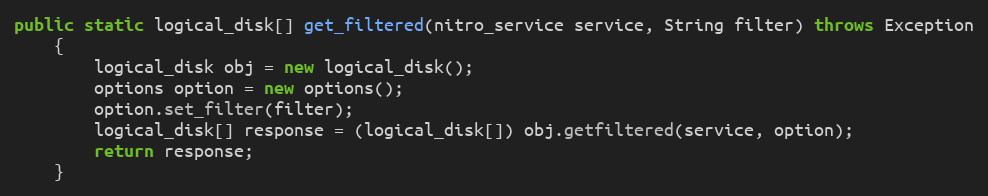
Language: Java
public static logical_disk[] get_filtered(nitro_service service, String filter) throws Exception
	{
		logical_disk obj = new logical_disk();
		options option = new options();
		option.set_filter(filter);
		logical_disk[] response = (logical_disk[]) obj.getfiltered(service, option);
		return response;
	}